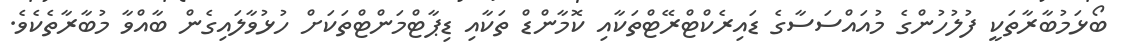
ބޯޅަމުބާރާތަކީ ފުލުހުންގެ މުއައްސަސާގެ ޑައިރެކްޓްރޭޓްތަކާއި ކޮމާންޑް ތަކާއި ޑިޕާޓްމަންޓްތަކަށް ހުޅުވާލައިގެން ބާއްވާ މުބާރާތެކެވެ.